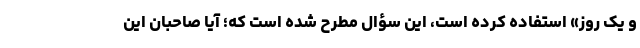
و یک روز» استفاده کرده است، این سؤال مطرح شده است که؛ آیا صاحبان این